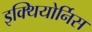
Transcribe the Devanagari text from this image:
इक्थियोर्निस